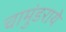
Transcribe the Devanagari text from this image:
चामुंडराये